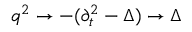
q ^ { 2 } \rightarrow - ( \partial _ { t } ^ { 2 } - \Delta ) \rightarrow \Delta